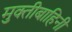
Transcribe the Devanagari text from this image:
मुक्तीबाहिनी